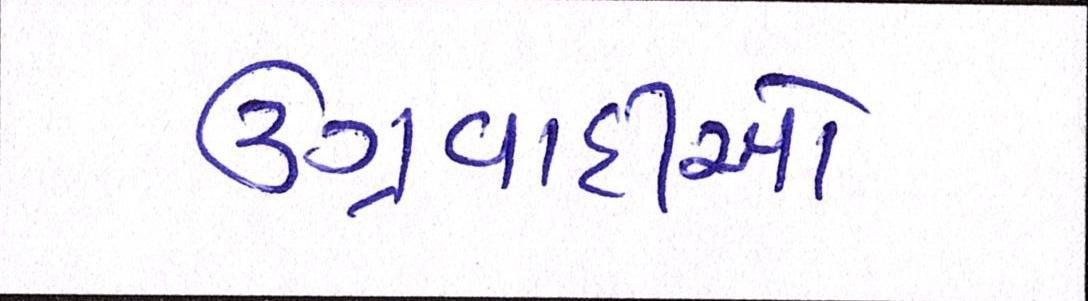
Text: ઉગ્રવાદીઓ